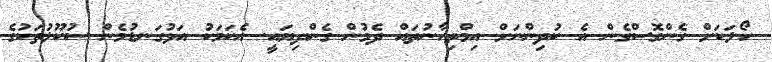
ހޯލަކަށް ގެންގޮސްގެން އެ ކުދިންނަށް އިމްތިހާނުތައް ދެމުން ގެންދިޔައީ. އެކަމަކު އަޅުގަނޑުމެން ސުކޫލުތަކުގެ